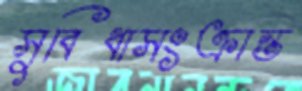
সুবিধাসংক্রান্ত